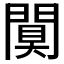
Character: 𨵢